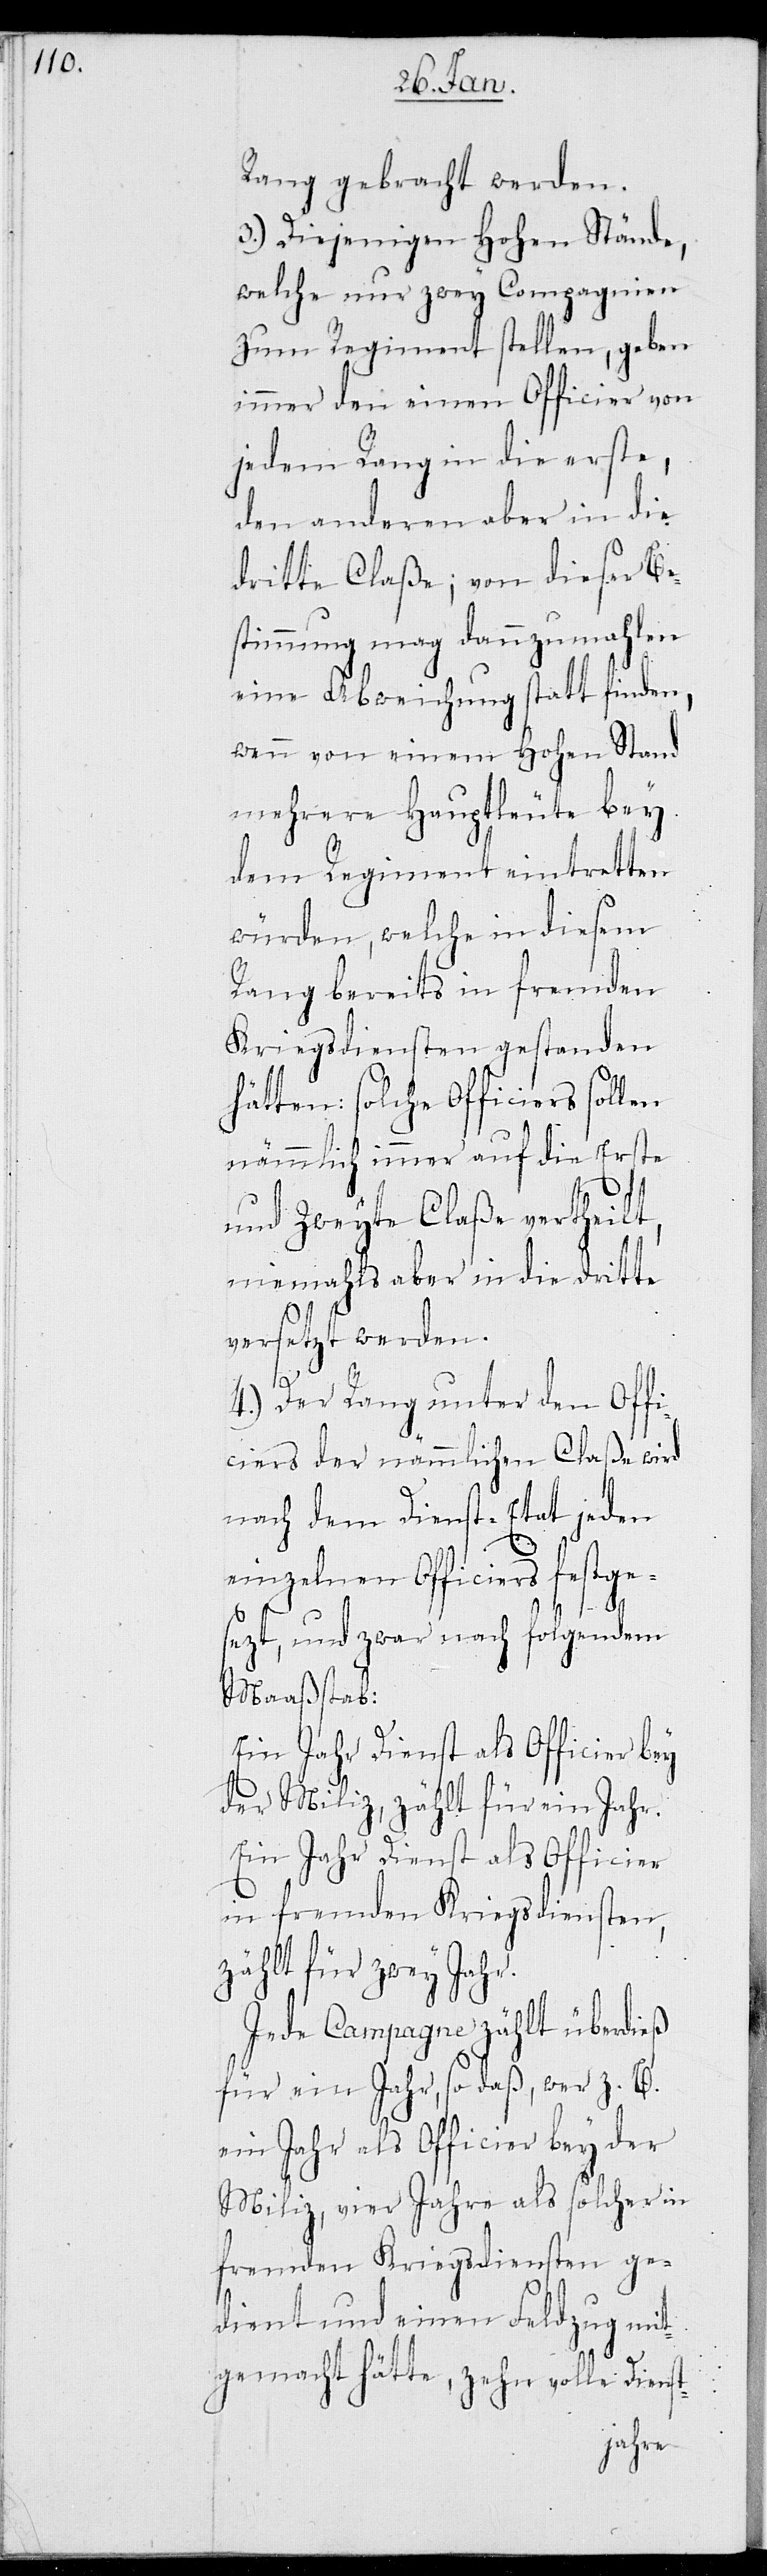
t-

Rang gebracht werden.
3.) Diejenigen Hohen Stände,
welche nur zwey Compagnien
zum Regiment stellen, geben
immer den einen Officier von
jedem Rang in die erste,
den anderen aber in die
dritte Claße; von dieser Be¬
stimmung mag dannzumahlen
eine Abweichung statt finden,
wenn von einem Hohen Stand
mehrere Hauptleute bey
dem Regiment eintretten
würden, welche in diesem
Rang bereits in fremden
Kriegsdiensten gestanden
hätten: solche Officiers sollen
nämmlich immer auf die Erste
und Zweyte Claße vertheilt,
niemahls aber in die dritte
versetzt werden.
4.) Der Rang unter den Offi¬
ciers der nämmlichen Claße wird
nach dem Dienst-Etat jeden
einzelnen Officiers festge¬
sezt, und zwar nach folgendem
Maasstab:
Ein Jahr Dienst als Officier bey
der Miliz, zählt für ein Jahr.
Ein Jahr Dienst als Officier
in fremden Kriegsdiensten,
zählt für zwey Jahr.
Jede Campagne zählt überdieß
für ein Jahr, so daß, wer z. B.
ein Jahr als Officier bey der
Miliz, vier Jahre als solcher in
fremden Kriegsdiensten ge¬
dient und einen Feldzug mit¬
gemacht hätte, zehn volle Diens¬